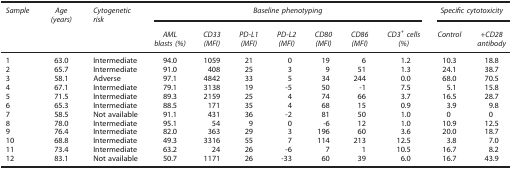
<table><thead><tr><td><b><i>Sample</i></b></td><td><b><i>Age (years)</i></b></td><td><b><i>Cytogenetic risk</i></b></td><td colspan="7"><b><i>Baseline phenotyping</i></b></td><td colspan="2"><b><i>Specific cytotoxicity</i></b></td></tr><tr><td><b> </b></td><td><b> </b></td><td><b> </b></td><td><b><i>AML blasts (%)</i></b></td><td><b><i>CD33 (MFI)</i></b></td><td><b><i>PD-L1 (MFI)</i></b></td><td><b><i>PD-L2 (MFI)</i></b></td><td><b><i>CD80 (MFI)</i></b></td><td><b><i>CD86 (MFI)</i></b></td><td><b><i>CD3<sup>+</sup> cells (%)</i></b></td><td><b><i>Control</i></b></td><td><b><i>+CD28 antibody</i></b></td></tr></thead><tbody><tr><td>1</td><td>63.0</td><td>Intermediate</td><td>94.0</td><td>1059</td><td>21</td><td>0</td><td>19</td><td>6</td><td>1.2</td><td>10.3</td><td>18.8</td></tr><tr><td>2</td><td>65.7</td><td>Intermediate</td><td>91.0</td><td>408</td><td>25</td><td>3</td><td>9</td><td>51</td><td>1.3</td><td>24.1</td><td>38.7</td></tr><tr><td>3</td><td>58.1</td><td>Adverse</td><td>97.1</td><td>4842</td><td>33</td><td>5</td><td>34</td><td>244</td><td>0.0</td><td>68.0</td><td>70.5</td></tr><tr><td>4</td><td>67.1</td><td>Intermediate</td><td>79.1</td><td>3138</td><td>19</td><td>-5</td><td>50</td><td>-1</td><td>7.5</td><td>5.1</td><td>15.8</td></tr><tr><td>5</td><td>71.5</td><td>Intermediate</td><td>89.3</td><td>2159</td><td>25</td><td>4</td><td>74</td><td>66</td><td>3.7</td><td>16.5</td><td>28.7</td></tr><tr><td>6</td><td>65.3</td><td>Intermediate</td><td>88.5</td><td>171</td><td>35</td><td>4</td><td>68</td><td>15</td><td>0.9</td><td>3.9</td><td>9.8</td></tr><tr><td>7</td><td>58.5</td><td>Not available</td><td>91.1</td><td>431</td><td>36</td><td>-2</td><td>81</td><td>50</td><td>1.0</td><td>0</td><td>0</td></tr><tr><td>8</td><td>78.0</td><td>Intermediate</td><td>95.1</td><td>54</td><td>9</td><td>0</td><td>-6</td><td>12</td><td>1.0</td><td>10.9</td><td>12.5</td></tr><tr><td>9</td><td>76.4</td><td>Intermediate</td><td>82.0</td><td>363</td><td>29</td><td>3</td><td>196</td><td>60</td><td>3.6</td><td>20.0</td><td>18.7</td></tr><tr><td>10</td><td>68.8</td><td>Intermediate</td><td>49.3</td><td>3316</td><td>55</td><td>7</td><td>114</td><td>213</td><td>12.5</td><td>3.8</td><td>7.0</td></tr><tr><td>11</td><td>73.4</td><td>Intermediate</td><td>63.2</td><td>24</td><td>26</td><td>-6</td><td>7</td><td>1</td><td>10.5</td><td>16.7</td><td>8.2</td></tr><tr><td>12</td><td>83.1</td><td>Not available</td><td>50.7</td><td>1171</td><td>26</td><td>-33</td><td>60</td><td>39</td><td>6.0</td><td>16.7</td><td>43.9</td></tr></tbody></table>